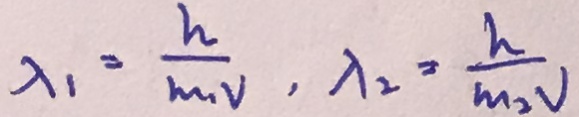
\lambda _ { 1 } = \frac { h } { m _ { 1 } v } , \lambda _ { 2 } = \frac { h } { m _ { 2 } v }